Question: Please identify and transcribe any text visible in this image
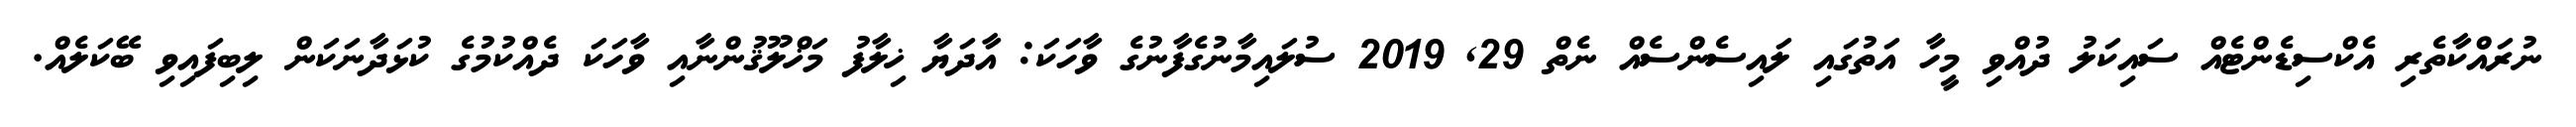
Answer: ނުރައްކާތެރި އެކްސިޑެންޓެއް ސައިކަލު ދުއްވި މީހާ އަތުގައި ލައިސެންސެއް ނެތް 29, 2019 ސުލައިމާނުގެފާނުގެ ވާހަކަ: އާދަޔާ ޚިލާފު މަޚްލޫޤުންނާއި ވާހަކަ ދެއްކުމުގެ ކުޅަދާނަކަން ލިބިފައިވި ބޭކަލެއް.